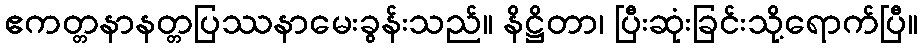
ဧကတ္တနာနတ္တပြဿနာမေးခွန်းသည်။ နိဋ္ဌိတာ၊ ပြီးဆုံးခြင်းသို့ရောက်ပြီ။